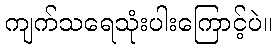
ကျက်သရေသုံးပါးကြောင့်ပဲ။